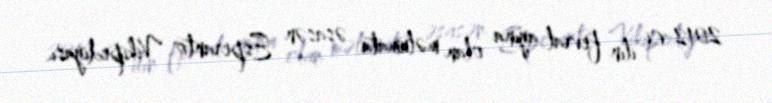
2012-ci ilin fevral ayına olan məlumata əsasən Esperanto Vikipediyası